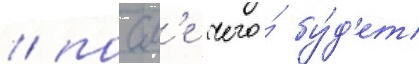
/ посл'е чего́ бу́д'ет